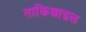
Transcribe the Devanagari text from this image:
ताकिस्राइल